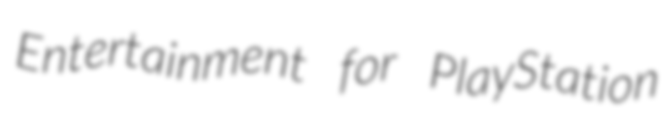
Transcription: Entertainment for PlayStation